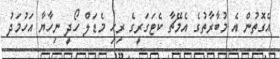
އެގޮތުން އެ މުބާރާތުގެ އެމޭޗާ ކެޓަގަރީގެ ރިހި މެޑަލް ހޯދީ ނިހާޔާ އަހުމަދު